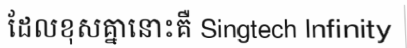
ដែលខុសគ្នានោះគឺ Singtech Infinity